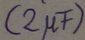
Text: (2µF)